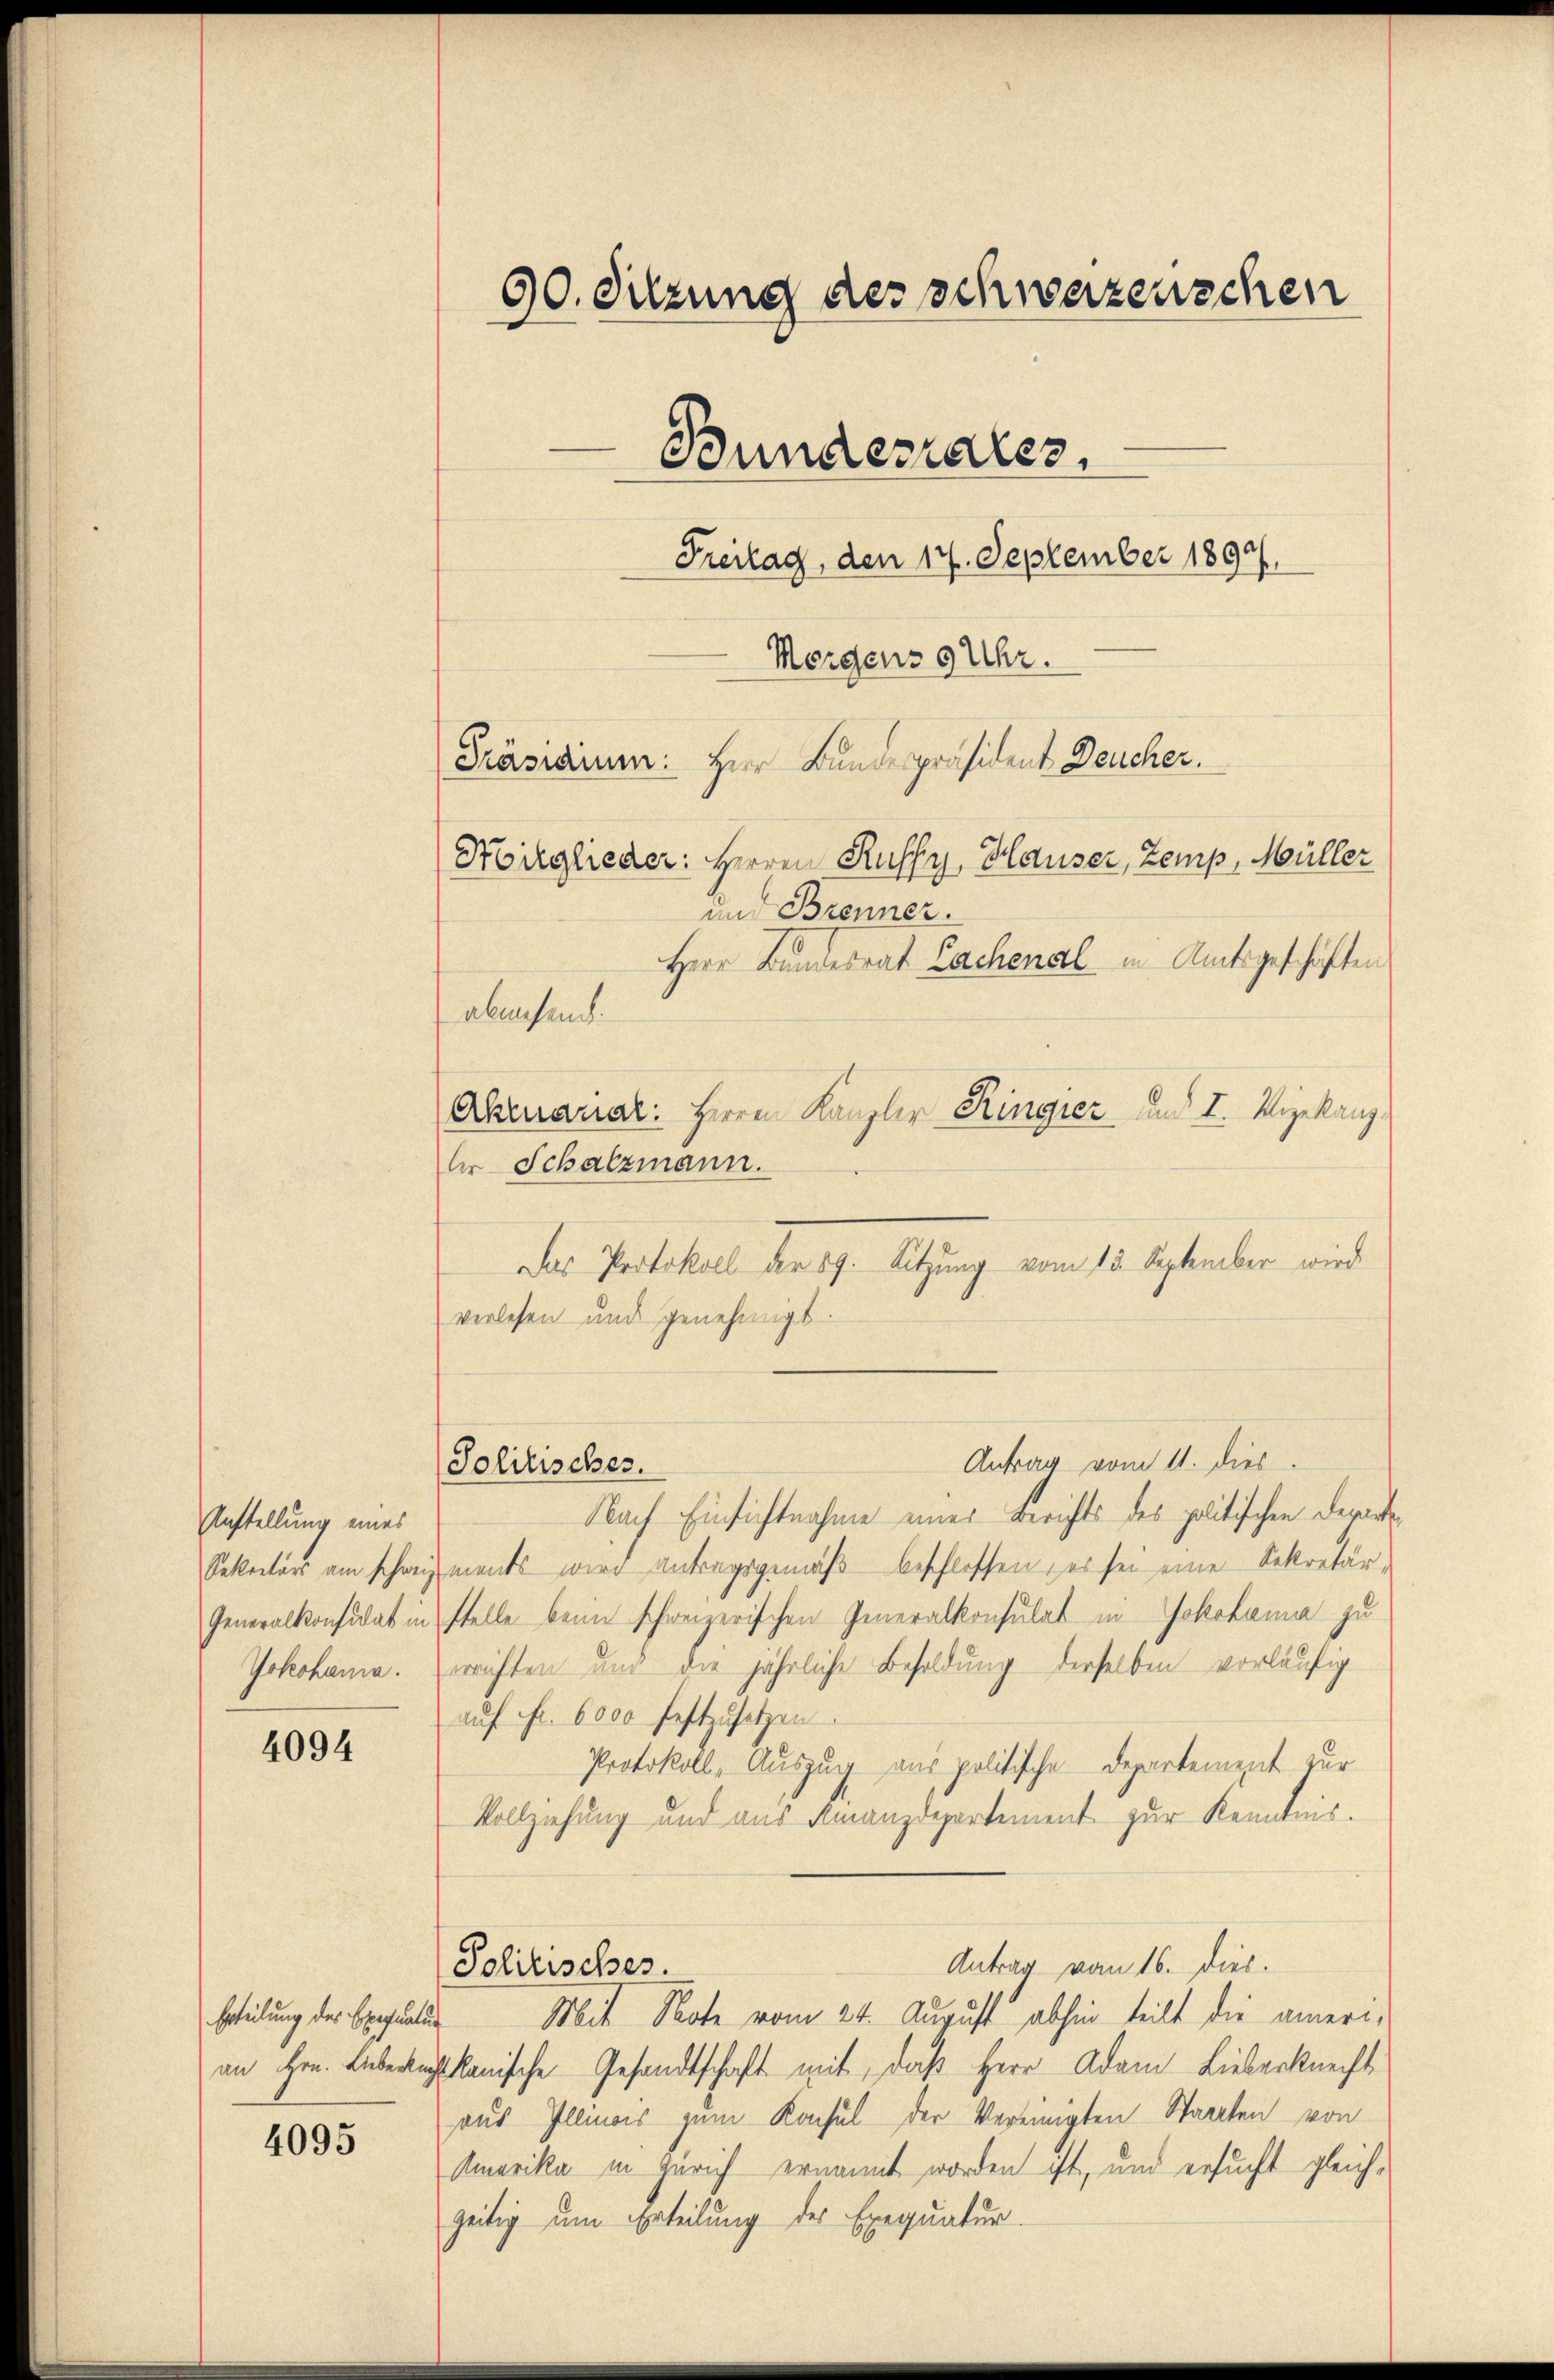
Anstellung eines
Jokohama.

4094

Erteilung des Exequat

4095

und Brenner.
Herr Bundesrat Lachenal in Amtsgeschäften
abensein.
Abruarial: Herren Kanzler Ringier und I. Vizekanz
lr Schatzmann.
Das Protokoll der 89. Sitzung vom 15. September wird
verlesen und genehmigt.
Antrag vom 11. dies
Nach Einsichtnahme eines Berichts des politischen Departe¬
Sekretärs am schweiz ments wird antragsgemäß beschlossen, es sei eine Sekretär-
Generalkonsulat in stelle beim schweizerischen Generalkonsulat in Jokohama zu
errichten und die jährliche Besoldung derselben vorläufig
aŭf Fr. 6000 festzusetzen.
Protokoll, Auszug aus politische Departement zur
Vollziehung und aus Finanzdepartement zur Kenntnis.
Antrag vom 16. Dies
Politisches.
Mit Note vom 24. August abhin teilt die ameri¬
2
an Hrn. Leberichtskanische Gesandtschaft mit, daß Herr Adam Lieberknecht
aus Illinois zum Konsul der Vereinigten Staaten von
Amerika in Zürich ernannt worden ist, und ersucht gleichzeitig um Erteilung des Exequatur.

90. Sitzung der schwerzenschen
Bundesrater,
Freitag, den 17. September 1890.
Morgens 9 Uhr.
Präsidium: Herr Bundespräsident Deucher.
Hoirglieder: Herren Ruffy, Hauser, Zemp, Müller

Solitisches.